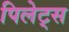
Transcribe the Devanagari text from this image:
पिलेट्स